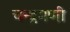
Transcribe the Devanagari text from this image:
चन्द्रमणी